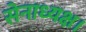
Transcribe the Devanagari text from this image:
सेनाध्यक्ष।